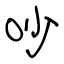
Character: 吵